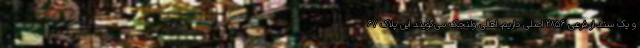
و یک سند از فرعی ۲۸۵۶ اصلی داریم. اهالی ولنجک می‌گویند این پلاک ۶۷